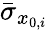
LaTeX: \bar{\sigma}_{x_{0,i}}